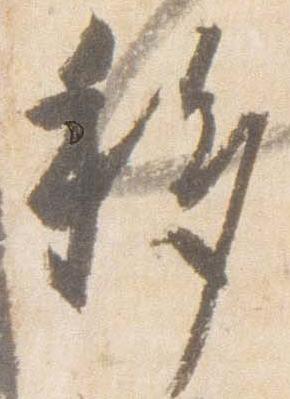
移